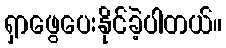
ရှာဖွေပေးနိုင်ခဲ့ပါတယ်။